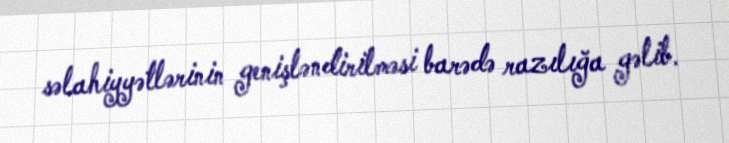
səlahiyyətlərinin genişləndirilməsi barədə razılığa gəlib.